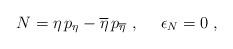
LaTeX: \begin{align*}N = \eta \, p_{\eta} - \overline{\eta} \, p_{\overline{\eta}}\ ,\ \ \ \ \epsilon_N = 0 \; , \end{align*}